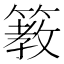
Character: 𥲯